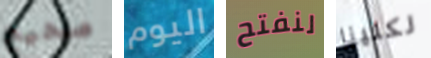
صحيح اليوم لنفتح لكلينا